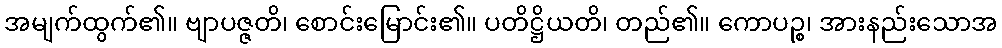
အမျက်ထွက်၏။ ဗျာပဇ္ဇတိ၊ စောင်းမြောင်း၏။ ပတိဋ္ဌိယတိ၊ တည်၏။ ကောပဉ္စ၊ အားနည်းသောအ